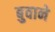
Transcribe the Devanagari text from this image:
बुवाने